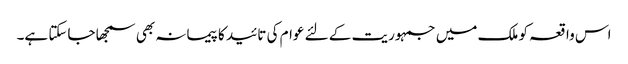
اس واقعہ کو ملک میں جمہوریت کے لئے عوام کی تائید کا پیمانہ بھی سمجھا جاسکتا ہے۔